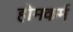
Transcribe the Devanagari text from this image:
होमकर्म